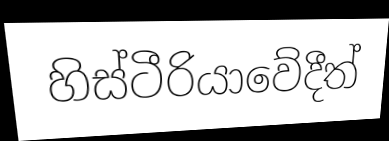
හිස්ටීරියාවේදීත්